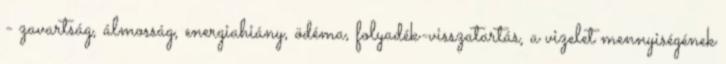
- zavartság, álmosság, energiahiány, ödéma, folyadék-visszatartás, a vizelet mennyiségének